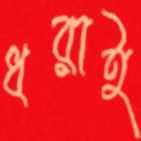
ধরাই